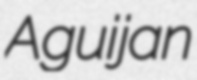
Aguijan